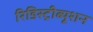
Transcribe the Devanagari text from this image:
रिडिस्ट्रीब्यूशन